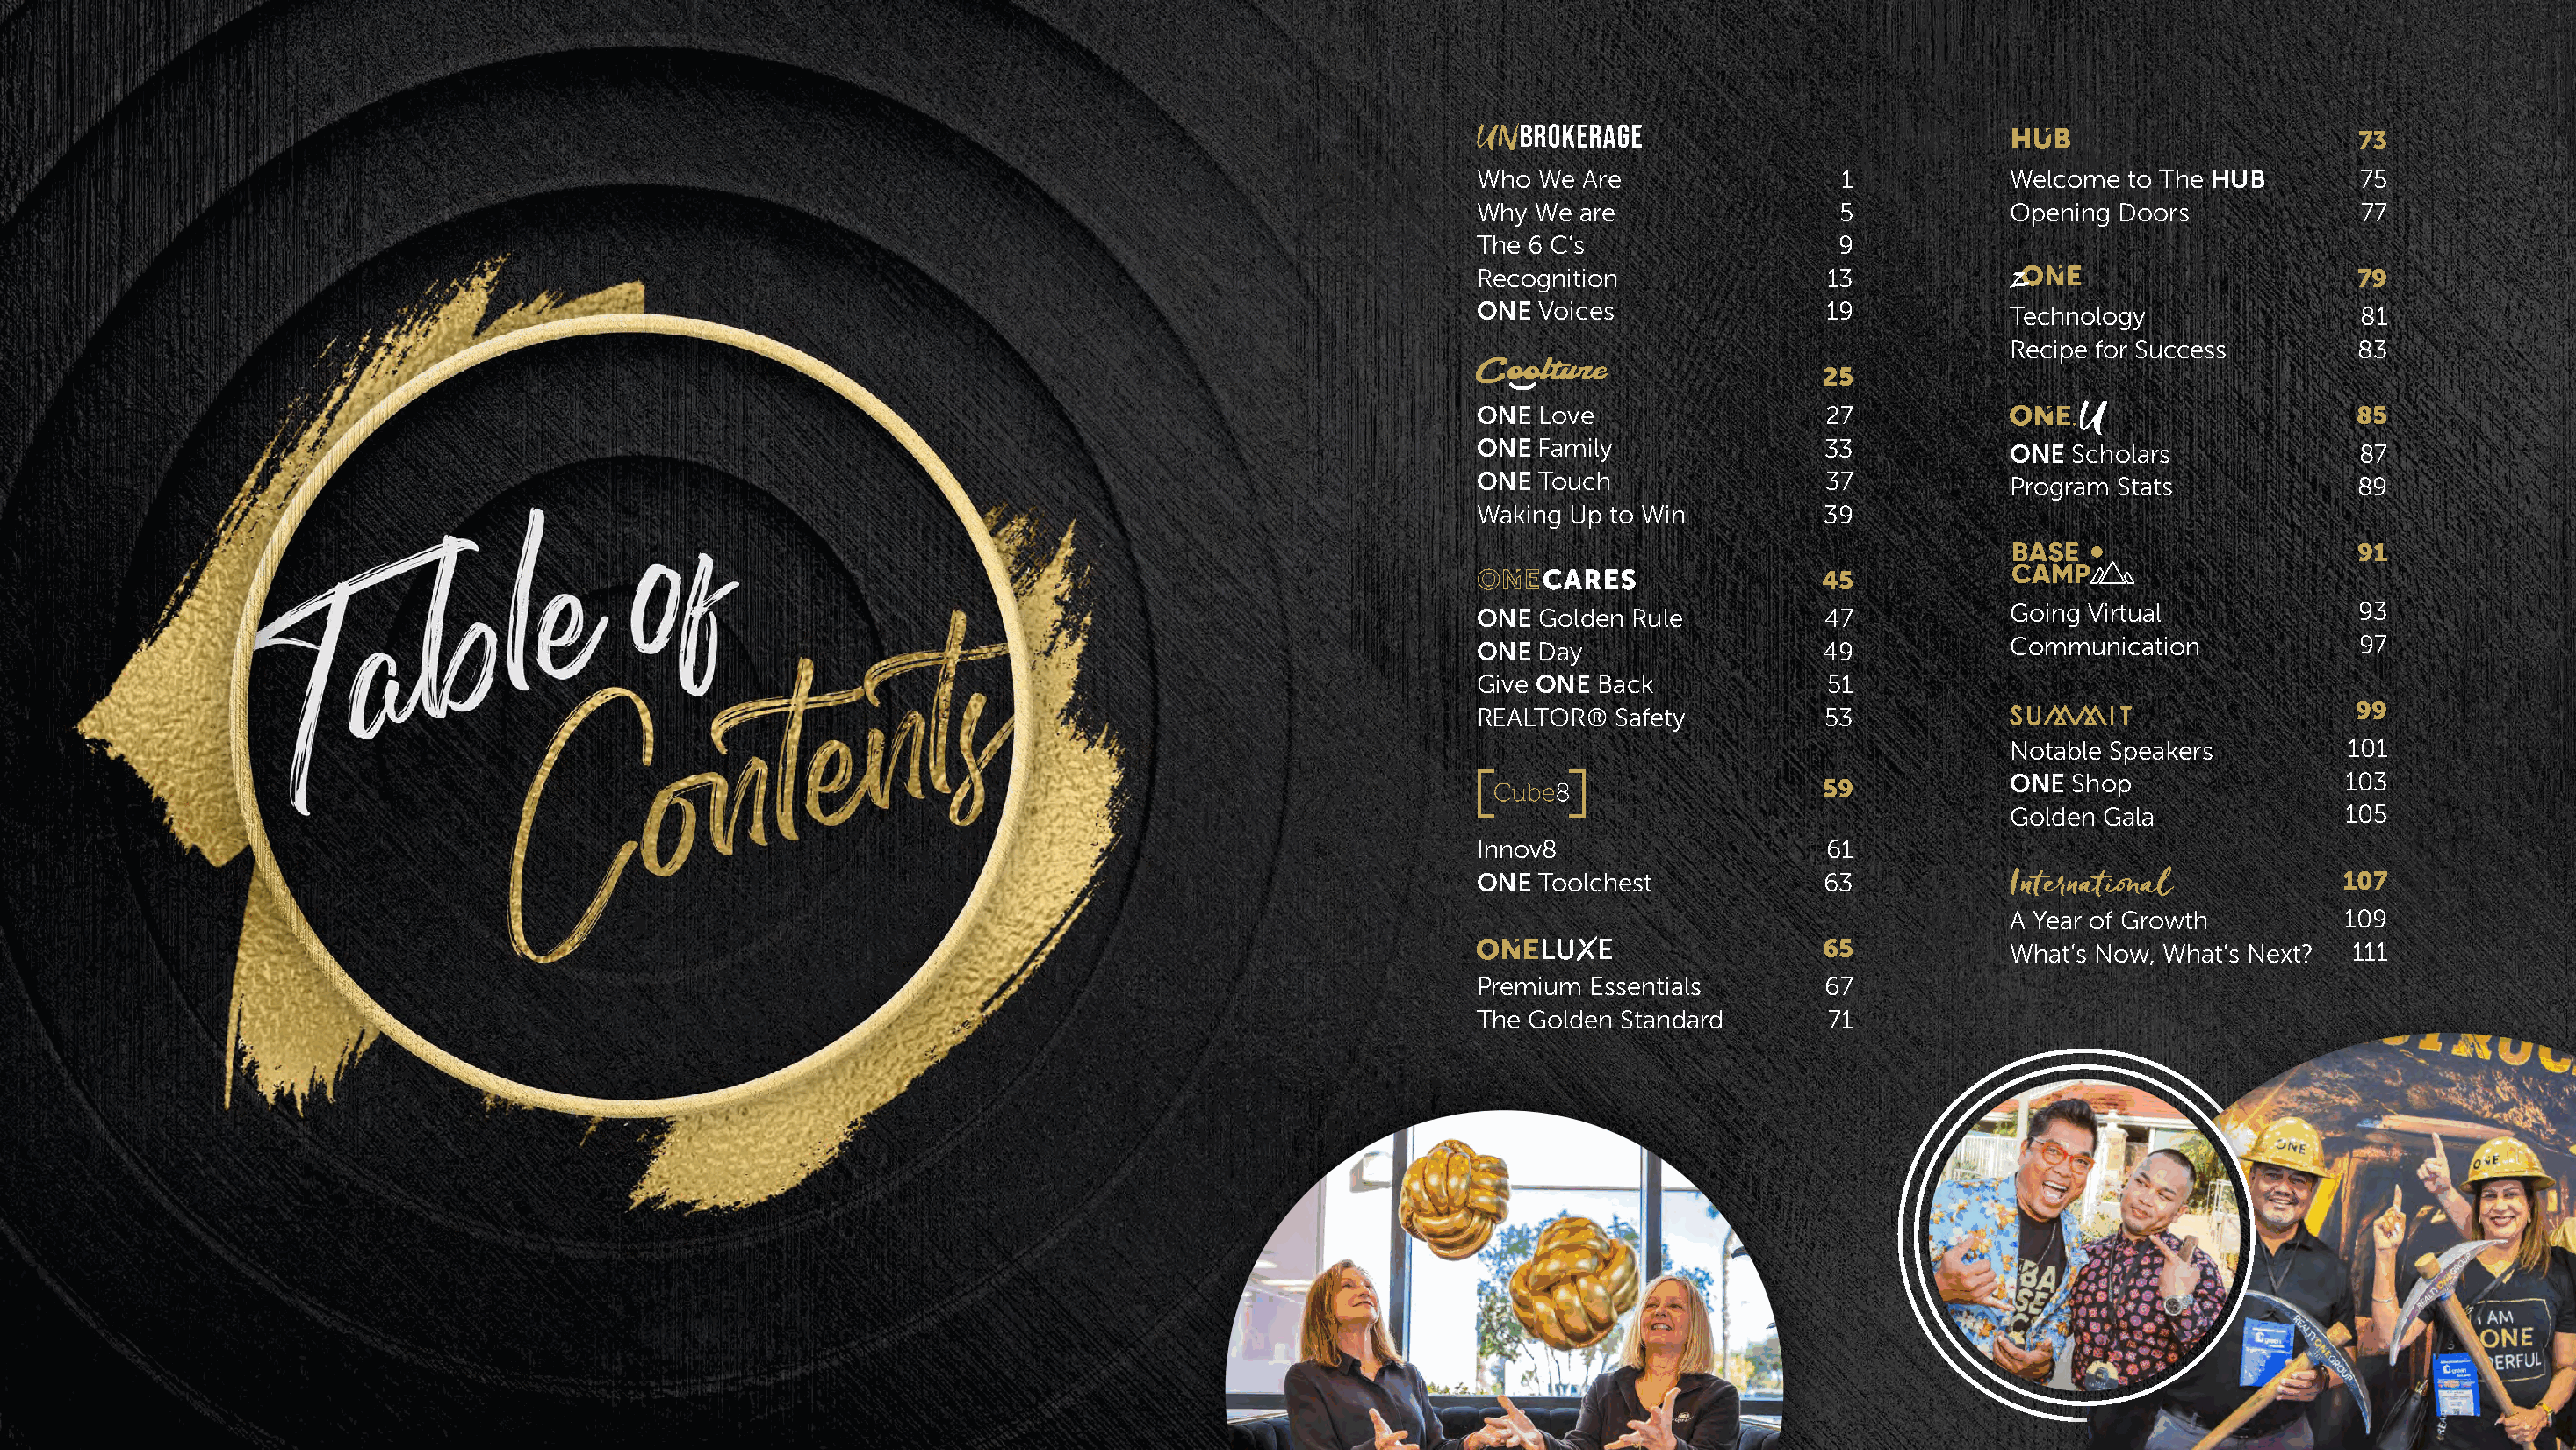
73
 Who  We Are                 1            Welcome to The HUB        75
 Why  We are                 5            Opening Doors             77
 The 6 C’s                   9
 Recognition                13                                      79
 ONE  Voices                19
 Technology                81
 Recipe for Success        83
 25
 ONE  Love                  27                                      85
 ONE  Family                33
 ONE Scholars              87
 ONE  Touch                 37
 Program Stats             89
 Waking Up to Win          39
 91
 45
 ONE  Golden Rule           47            Going Virtual             93
 ONE  Day                  49             Communication             97
 Give ONE Back              51
 REALTOR®   Safety          53
 99
 Notable Speakers         101
 ONE Shop                 103
 59
 Golden Gala              105
 Innov8                     61
 ONE  Toolchest            63                                      107
 A Year of Growth         109
 65             What’s Now, What’s Next? 111
 Premium  Essentials        67
 The Golden Standard        71